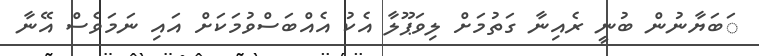
ަބަޔާނުން ބުނީ ރެއިނާ ގަތުމަށް ލިވަޕޫލާ އެކު އެއްބަސްވުމަކަށް އައި ނަމަވެސް އޭނާ